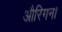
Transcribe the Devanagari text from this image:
औरिगन।